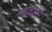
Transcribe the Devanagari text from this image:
म्हतारी